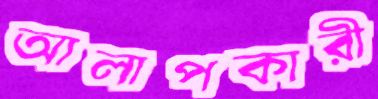
আলাপকারী